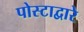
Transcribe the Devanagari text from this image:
पोस्टाद्वारे